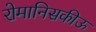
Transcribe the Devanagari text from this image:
रोमानिसकीऊ